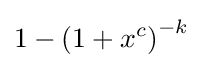
1-\left(1+x^{c}\right)^{-k}